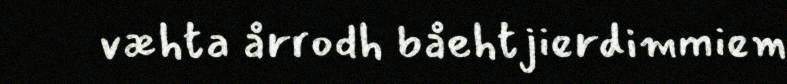
væhta årrodh båehtjierdimmiem